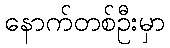
နောက်တစ်ဦးမှာ